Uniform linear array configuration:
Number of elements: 12
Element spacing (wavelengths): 0.5
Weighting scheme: kaiser
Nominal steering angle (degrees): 0
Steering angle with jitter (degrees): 0.6798
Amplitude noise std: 0.05
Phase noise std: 0.05

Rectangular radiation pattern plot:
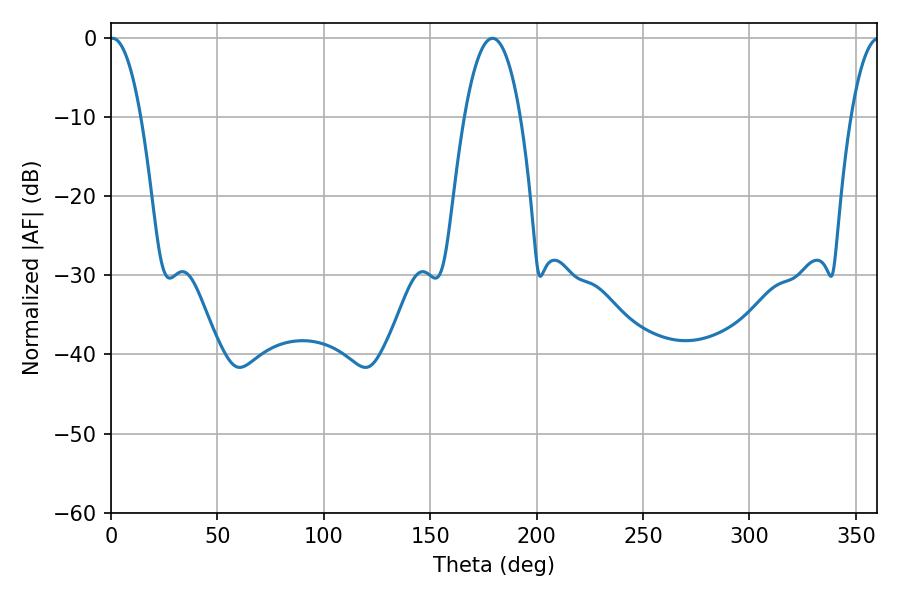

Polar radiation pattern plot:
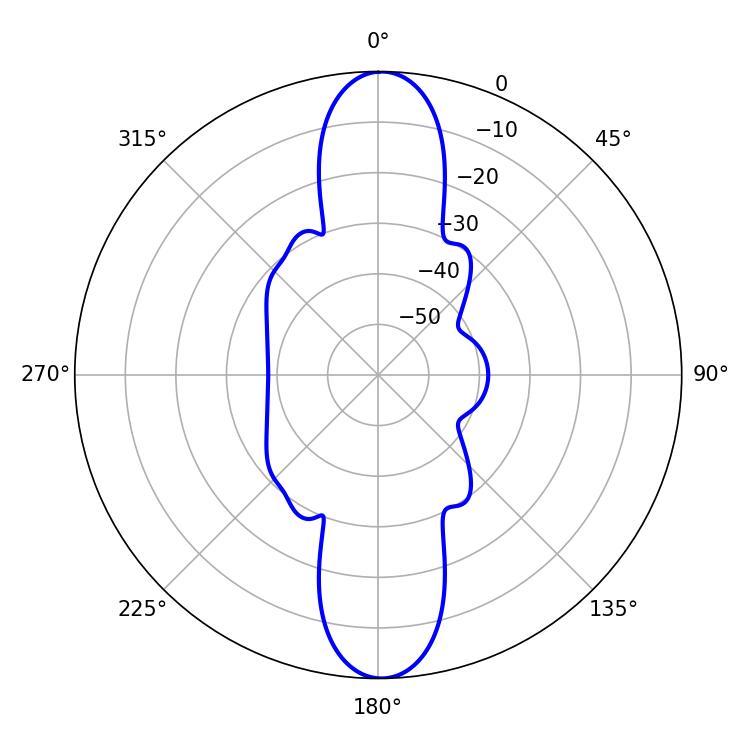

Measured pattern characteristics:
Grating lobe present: FALSE
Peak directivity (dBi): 24.438
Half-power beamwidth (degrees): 8.1
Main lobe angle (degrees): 0.72